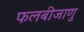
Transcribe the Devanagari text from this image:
फलबीजाणु